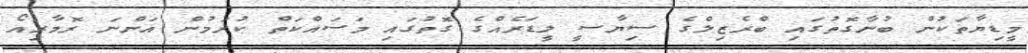
މީޑިޔާތަކުން ބުނާގޮތުގައި ބްރެޒިލްގެ ސިޔާސީ ލީޑަރެއްގެ ގޮތުގައި މަސައްކަތް ކުރަމުން އަންނަ ރޮމާރިއޯ